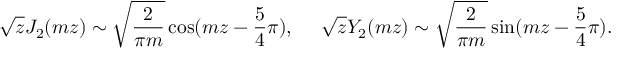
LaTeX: \sqrt { z } J _ { 2 } ( m z ) \sim \sqrt { { \frac { 2 } { \pi m } } } \cos ( m z - { \frac { 5 } { 4 } } \pi ) , ~ ~ ~ ~ \sqrt { z } Y _ { 2 } ( m z ) \sim \sqrt { { \frac { 2 } { \pi m } } } \sin ( m z - { \frac { 5 } { 4 } } \pi ) .